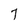
Character: 7